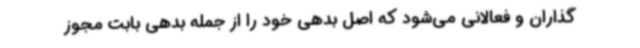
گذاران و فعالانی می‌شود که اصل بدهی خود را از جمله بدهی بابت مجوز